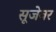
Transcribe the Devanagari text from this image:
सूजेवर